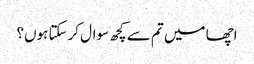
اچھا میں تم سے کچھ سوال کرسکتا ہوں؟